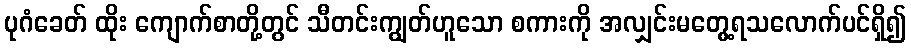
ပုဂံခေတ် ထိုး ကျောက်စာတို့တွင် သီတင်းကျွတ်ဟူသော စကားကို အလျှင်းမတွေ့ရသလောက်ပင်ရှိ၍